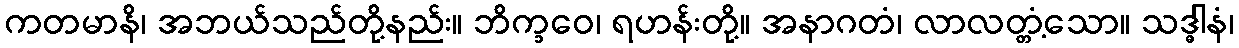
ကတမာနိ၊ အဘယ်သည်တို့နည်း။ ဘိက္ခဝေ၊ ရဟန်းတို့။ အနာဂတံ၊ လာလတ္တံ့သော။ သဒ္ဓါနံ၊